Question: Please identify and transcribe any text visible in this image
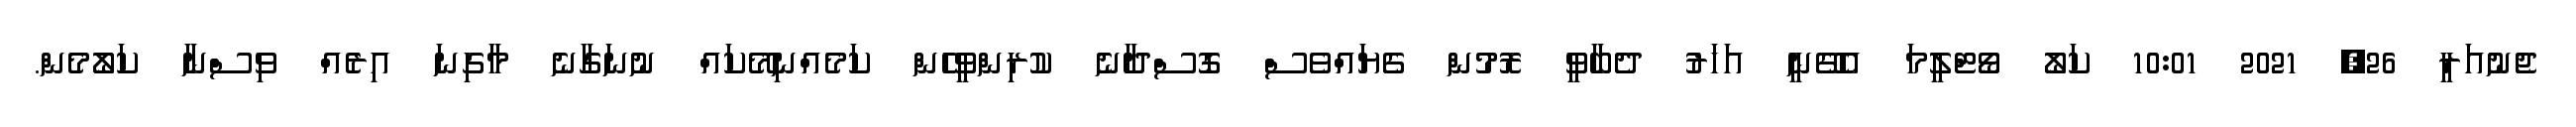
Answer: ޖެނުއަރީ 26, 2021 10:01 ކަލޯ ވޯޓްލީމަ އެގޭނީ އަހަރު ދެބާވީ ރޮމުން ގެޔައްވެސް ގޮސްދާނެ ކުރިންވީހެން ކަމެއްނިމޭކައް ނުނަގާނެ މާގިނަ އިރެއް ވިސްނާ ކަލޯމެން.